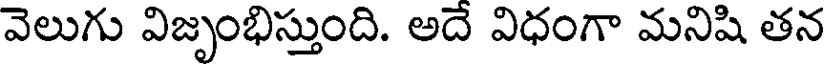
వెలుగు విజృంభిస్తుంది. అదే విధంగా మనిషి తన